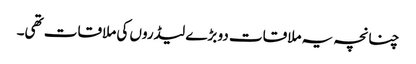
چنانچہ یہ ملاقات دو بڑے لیڈروں کی ملاقات تھی۔